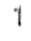
1